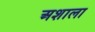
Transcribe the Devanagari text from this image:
अशाला